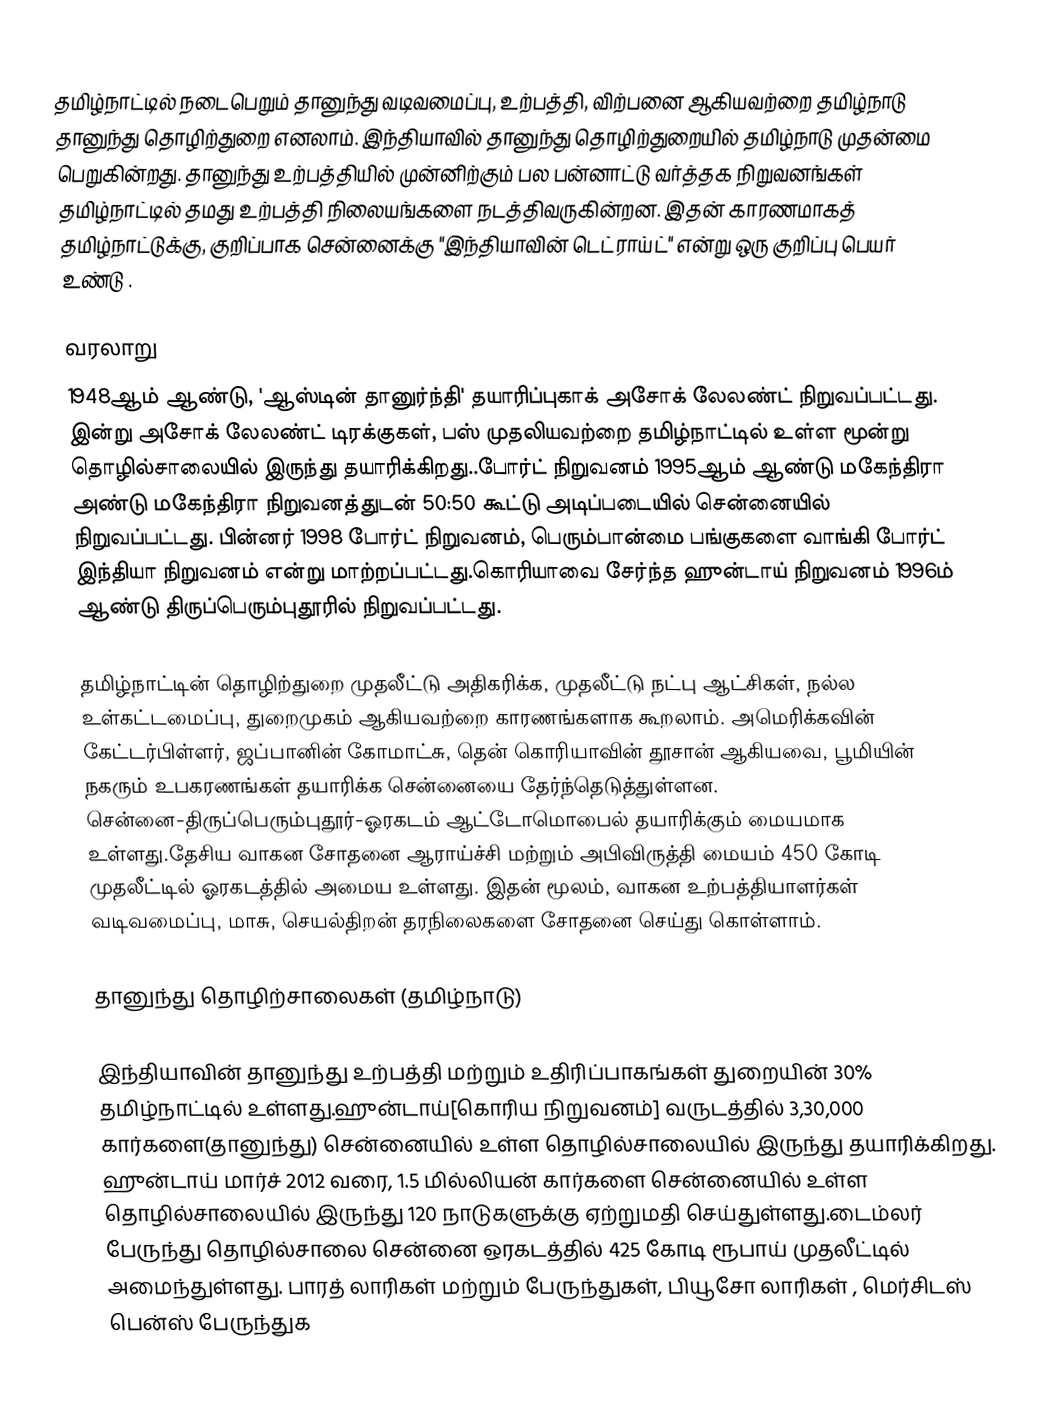
தமிழ்நாட்டில் நடைபெறும் தானுந்து வடிவமைப்பு, உற்பத்தி, விற்பனை ஆகியவற்றை தமிழ்நாடு தானுந்து தொழிற்துறை எனலாம்.  இந்தியாவில் தானுந்து தொழிற்துறையில் தமிழ்நாடு முதன்மை பெறுகின்றது.  தானுந்து உற்பத்தியில் முன்னிற்கும் பல பன்னாட்டு வர்த்தக நிறுவனங்கள் தமிழ்நாட்டில் தமது உற்பத்தி நிலையங்களை நடத்திவருகின்றன.  இதன் காரணமாகத் தமிழ்நாட்டுக்கு, குறிப்பாக சென்னைக்கு "இந்தியாவின் டெட்ராய்ட்" என்று ஒரு குறிப்பு பெயர் உண்டு .

வரலாறு
1948ஆம் ஆண்டு, 'ஆஸ்டின் தானுர்ந்தி' தயாரிப்புகாக் அசோக் லேலண்ட் நிறுவப்பட்டது. இன்று அசோக் லேலண்ட் டிரக்குகள், பஸ் முதலியவற்றை தமிழ்நாட்டில் உள்ள மூன்று தொழில்சாலையில் இருந்து தயாரிக்கிறது..போர்ட் நிறுவனம் 1995ஆம் ஆண்டு மகேந்திரா அண்டு மகேந்திரா நிறுவனத்துடன் 50:50 கூட்டு அடிப்படையில் சென்னையில் நிறுவப்பட்டது. பின்னர் 1998 போர்ட் நிறுவனம், பெரும்பான்மை பங்குகளை வாங்கி போர்ட் இந்தியா நிறுவனம் என்று மாற்றப்பட்டது.கொரியாவை சேர்ந்த ஹுன்டாய் நிறுவனம் 1996ம் ஆண்டு திருப்பெரும்புதூரில் நிறுவப்பட்டது.

தமிழ்நாட்டின் தொழிற்துறை முதலீட்டு அதிகரிக்க,  முதலீட்டு நட்பு ஆட்சிகள், நல்ல உள்கட்டமைப்பு, துறைமுகம் ஆகியவற்றை காரணங்களாக கூறலாம். அமெரிக்கவின் கேட்டர்பிள்ளர், ஜப்பானின் கோமாட்சு, தென் கொரியாவின் தூசான் ஆகியவை, பூமியின் நகரும் உபகரணங்கள் தயாரிக்க சென்னையை தேர்ந்தெடுத்துள்ளன. சென்னை-திருப்பெரும்புதூர்-ஓரகடம் ஆட்டோமொபைல் தயாரிக்கும் மையமாக உள்ளது.தேசிய வாகன சோதனை ஆராய்ச்சி மற்றும் அபிவிருத்தி மையம் 450 கோடி முதலீட்டில் ஓரகடத்தில் அமைய உள்ளது. இதன் மூலம், வாகன உற்பத்தியாளர்கள் வடிவமைப்பு, மாசு, செயல்திறன் தரநிலைகளை சோதனை செய்து கொள்ளாம்.

தானுந்து தொழிற்சாலைகள் (தமிழ்நாடு)

இந்தியாவின் தானுந்து உற்பத்தி மற்றும் உதிரிப்பாகங்கள் துறையின் 30% தமிழ்நாட்டில் உள்ளது.ஹுன்டாய்[கொரிய நிறுவனம்] வருடத்தில் 3,30,000 கார்களை(தானுந்து) சென்னையில் உள்ள தொழில்சாலையில் இருந்து தயாரிக்கிறது. ஹுன்டாய் மார்ச் 2012 வரை, 1.5 மில்லியன் கார்களை சென்னையில் உள்ள தொழில்சாலையில் இருந்து 120 நாடுகளுக்கு ஏற்றுமதி செய்துள்ளது.டைம்லர் பேருந்து தொழில்சாலை சென்னை ஒரகடத்தில் 425 கோடி ரூபாய் முதலீட்டில் அமைந்துள்ளது. பாரத் லாரிகள் மற்றும் பேருந்துகள், பியூசோ லாரிகள் , மெர்சிடஸ் பென்ஸ் பேருந்துக